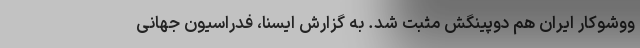
ووشوکار ایران هم دوپینگش مثبت شد. به گزارش ایسنا، فدراسیون جهانی